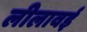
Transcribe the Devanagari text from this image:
लीलावई